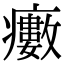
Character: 𤻺